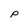
Character: p